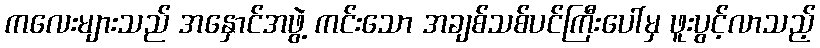
ကလေးများသည် အနှောင်အဖွဲ့ ကင်းသော အချစ်သစ်ပင်ကြီးပေါ်မှ ဖူးပွင့်လာသည့်